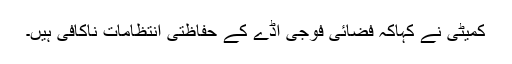
کمیٹی نے کہاکہ فضائی فوجی اڈے کے حفاظتی انتظامات ناکافی ہیں۔